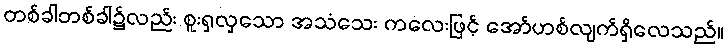
တစ်ခါတစ်ခါ၌လည်း စူးရှလှသော အသံသေး ကလေးဖြင့် အော်ဟစ်လျက်ရှိလေသည်။